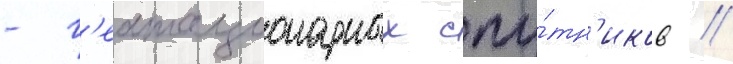
- г'еостационарных спу́тн'иков //